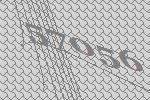
57056